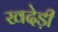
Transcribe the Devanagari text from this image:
खदेड़ी